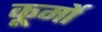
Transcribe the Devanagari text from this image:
कूर्मो